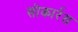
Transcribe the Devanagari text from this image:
सोकार्रस